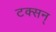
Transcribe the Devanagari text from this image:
टक्सन्